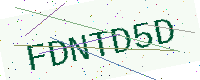
Text: FDNTD5D